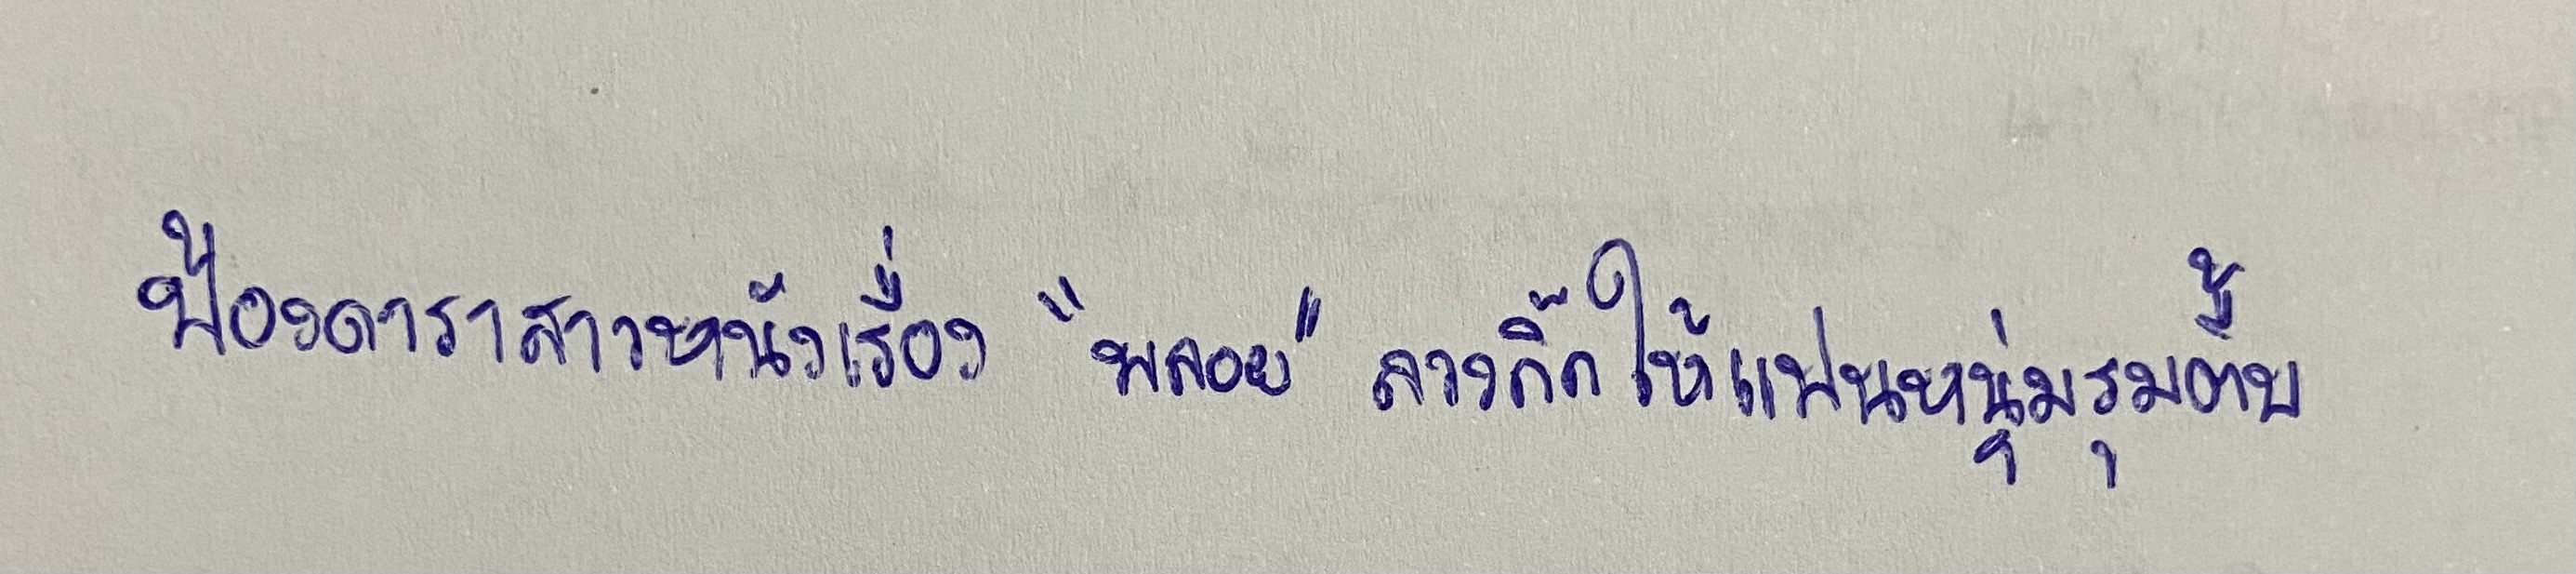
ฟ้องดาราสาวหนังเรื่อง"พลอย"ลวงกิ๊กให้แฟนหนุ่มรุมตื้บ